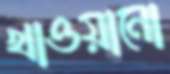
খাওয়ানো